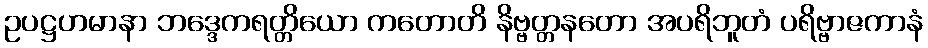
ဥပဋ္ဌဟမာနာ ဘဒ္ဒေကရတ္တိယော ကတောတိ နိဗ္ဗတ္တနတော အပရိဘူတံ ပရိဗ္ဗာဇကာနံ